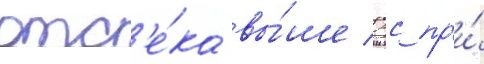
отс'е́ка вы́ше 0с пр'и́